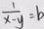
\frac { 1 } { x - y } = b